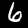
Digit: 6